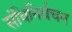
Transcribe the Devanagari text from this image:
संधिनिर्वचन